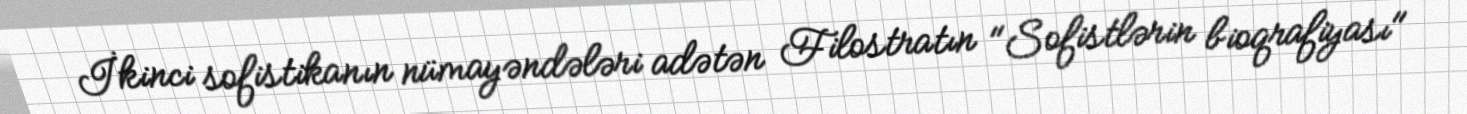
İkinci sofistikanın nümayəndələri adətən Filostratın "Sofistlərin bioqrafiyası"